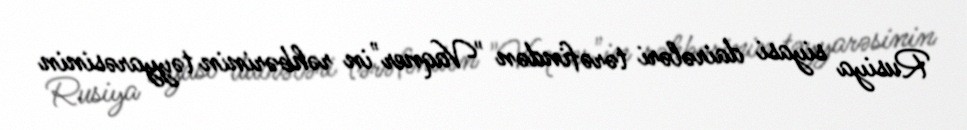
Rusiya siyasi dairələri tərəfindən "Vaqner"in rəhbərinin təyyarəsinin